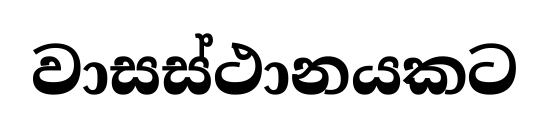
වාසස්ථානයකට